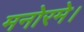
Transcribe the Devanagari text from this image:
मनोरमे।